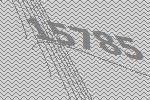
15785